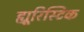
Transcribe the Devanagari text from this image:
ह्यूरिस्टिक